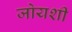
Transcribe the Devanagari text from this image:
जोयशी